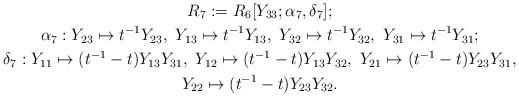
LaTeX: \begin{gather*}R_7:=R_6[Y_{33};\alpha_7,\delta_7];\\\alpha_7: Y_{23} \mapsto t^{-1}Y_{23}, \ Y_{13}\mapsto t^{-1}Y_{13}, \ Y_{32}\mapsto t^{-1}Y_{32}, \ Y_{31}\mapsto t^{-1}Y_{31};\\\delta_7: Y_{11} \mapsto (t^{-1}-t)Y_{13}Y_{31}, \ Y_{12}\mapsto (t^{-1}-t)Y_{13}Y_{32}, \ Y_{21}\mapsto (t^{-1}-t)Y_{23}Y_{31}, \\Y_{22}\mapsto (t^{-1}-t)Y_{23}Y_{32}.\end{gather*}